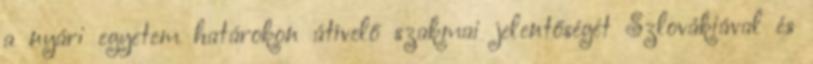
a nyári egyetem határokon átívelő szakmai jelentőségét Szlovákiával és